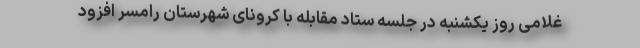
غلامی روز یکشنبه در جلسه ستاد مقابله با کرونای شهرستان رامسر افزود